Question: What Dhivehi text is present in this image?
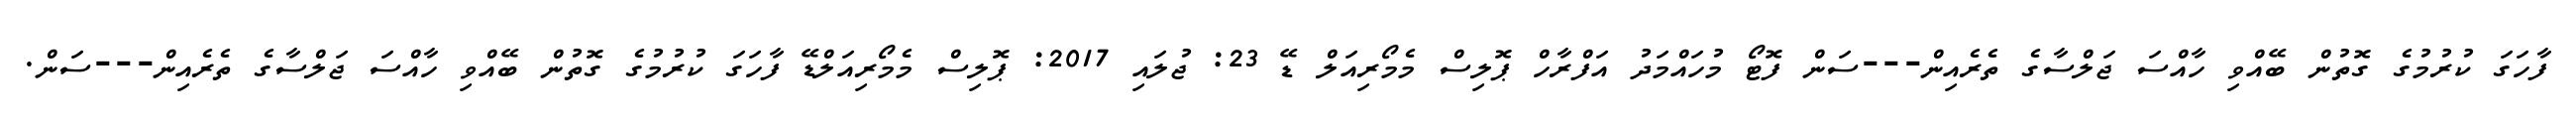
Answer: ފާހަގަ ކުރުމުގެ ގޮތުން ބޭއްވި ހާއްސަ ޖަލްސާގެ ތެރެއިން---ސަން ފޮޓޯ މުހައްމަދު އަފްރާހް ޕޮލިސް މެމޯރިއަލް ޑޭ 23: ޖުލައި 2017: ޕޮލިސް މެމޯރިއަލްޑޭ ފާހަގަ ކުރުމުގެ ގޮތުން ބޭއްވި ހާއްސަ ޖަލްސާގެ ތެރެއިން---ސަން.